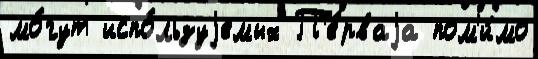
мо́гут испо́льзуjемых П'е́рваjа пом'и́мо